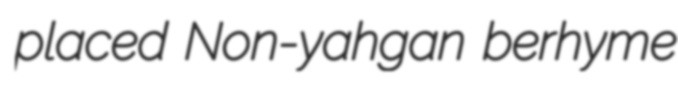
placed Non-yahgan berhyme